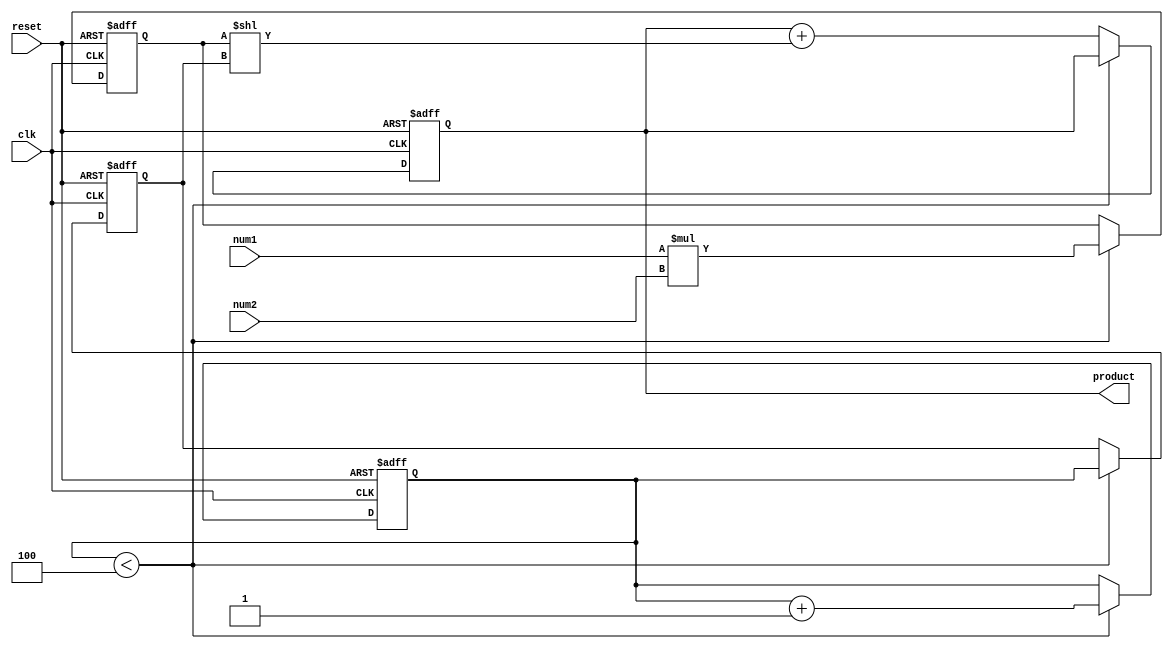
module multiplier(
  input wire clk,
  input wire reset,
  input wire [3:0] num1,
  input wire [3:0] num2,
  output reg [7:0] product
);

reg [3:0] partial_product;
reg [2:0] shift;
reg [2:0] count;
reg [7:0] result;

always @(posedge clk or posedge reset) begin
  if (reset) begin
    partial_product <= 4'b0;
    shift <= 3'b0;
    count <= 3'b0;
    result <= 8'b0;
  end else begin
    // Generate partial products
    if (count < 4) begin
      partial_product <= num1 * num2;
      shift <= count;
      count <= count + 1;
    end else begin
      // Accumulate partial products
      result <= result + (partial_product << shift);
    end
  end
end

assign product = result;

endmodule